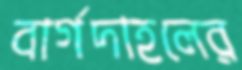
বার্গদাহলের